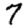
Digit: 7